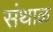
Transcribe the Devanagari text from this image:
संथाळ